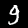
Digit: 9